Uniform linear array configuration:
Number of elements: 8
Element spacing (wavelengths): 1
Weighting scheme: kaiser
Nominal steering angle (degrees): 45
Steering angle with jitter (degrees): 44.424
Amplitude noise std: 0.05
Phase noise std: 0.05

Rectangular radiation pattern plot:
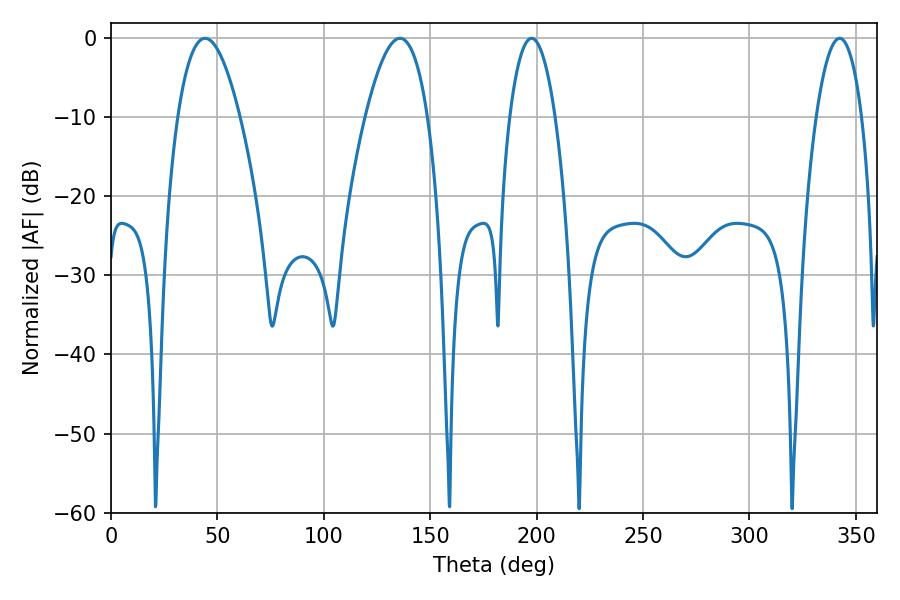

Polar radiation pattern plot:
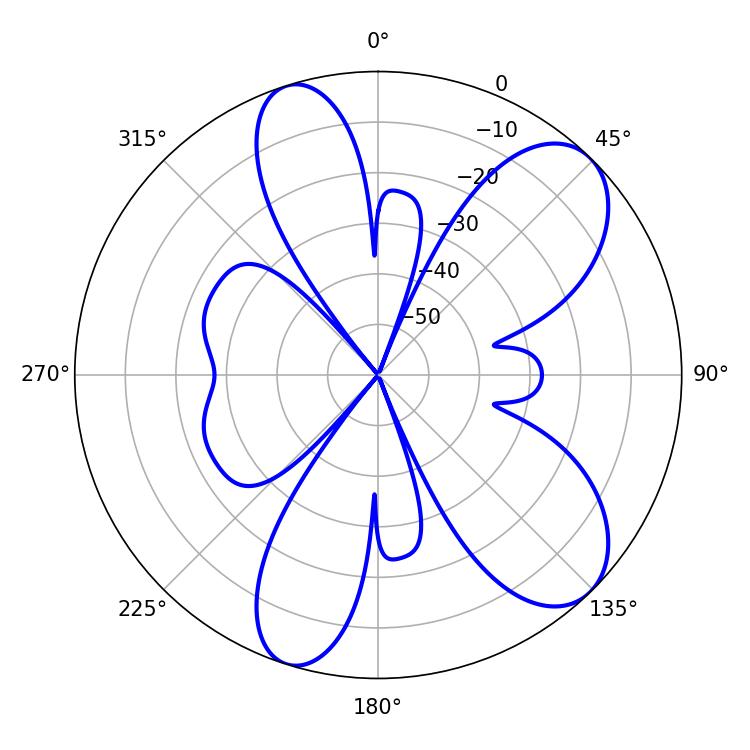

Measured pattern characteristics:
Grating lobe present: TRUE
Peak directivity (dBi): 8.461
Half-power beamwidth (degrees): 11.88
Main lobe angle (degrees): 197.64